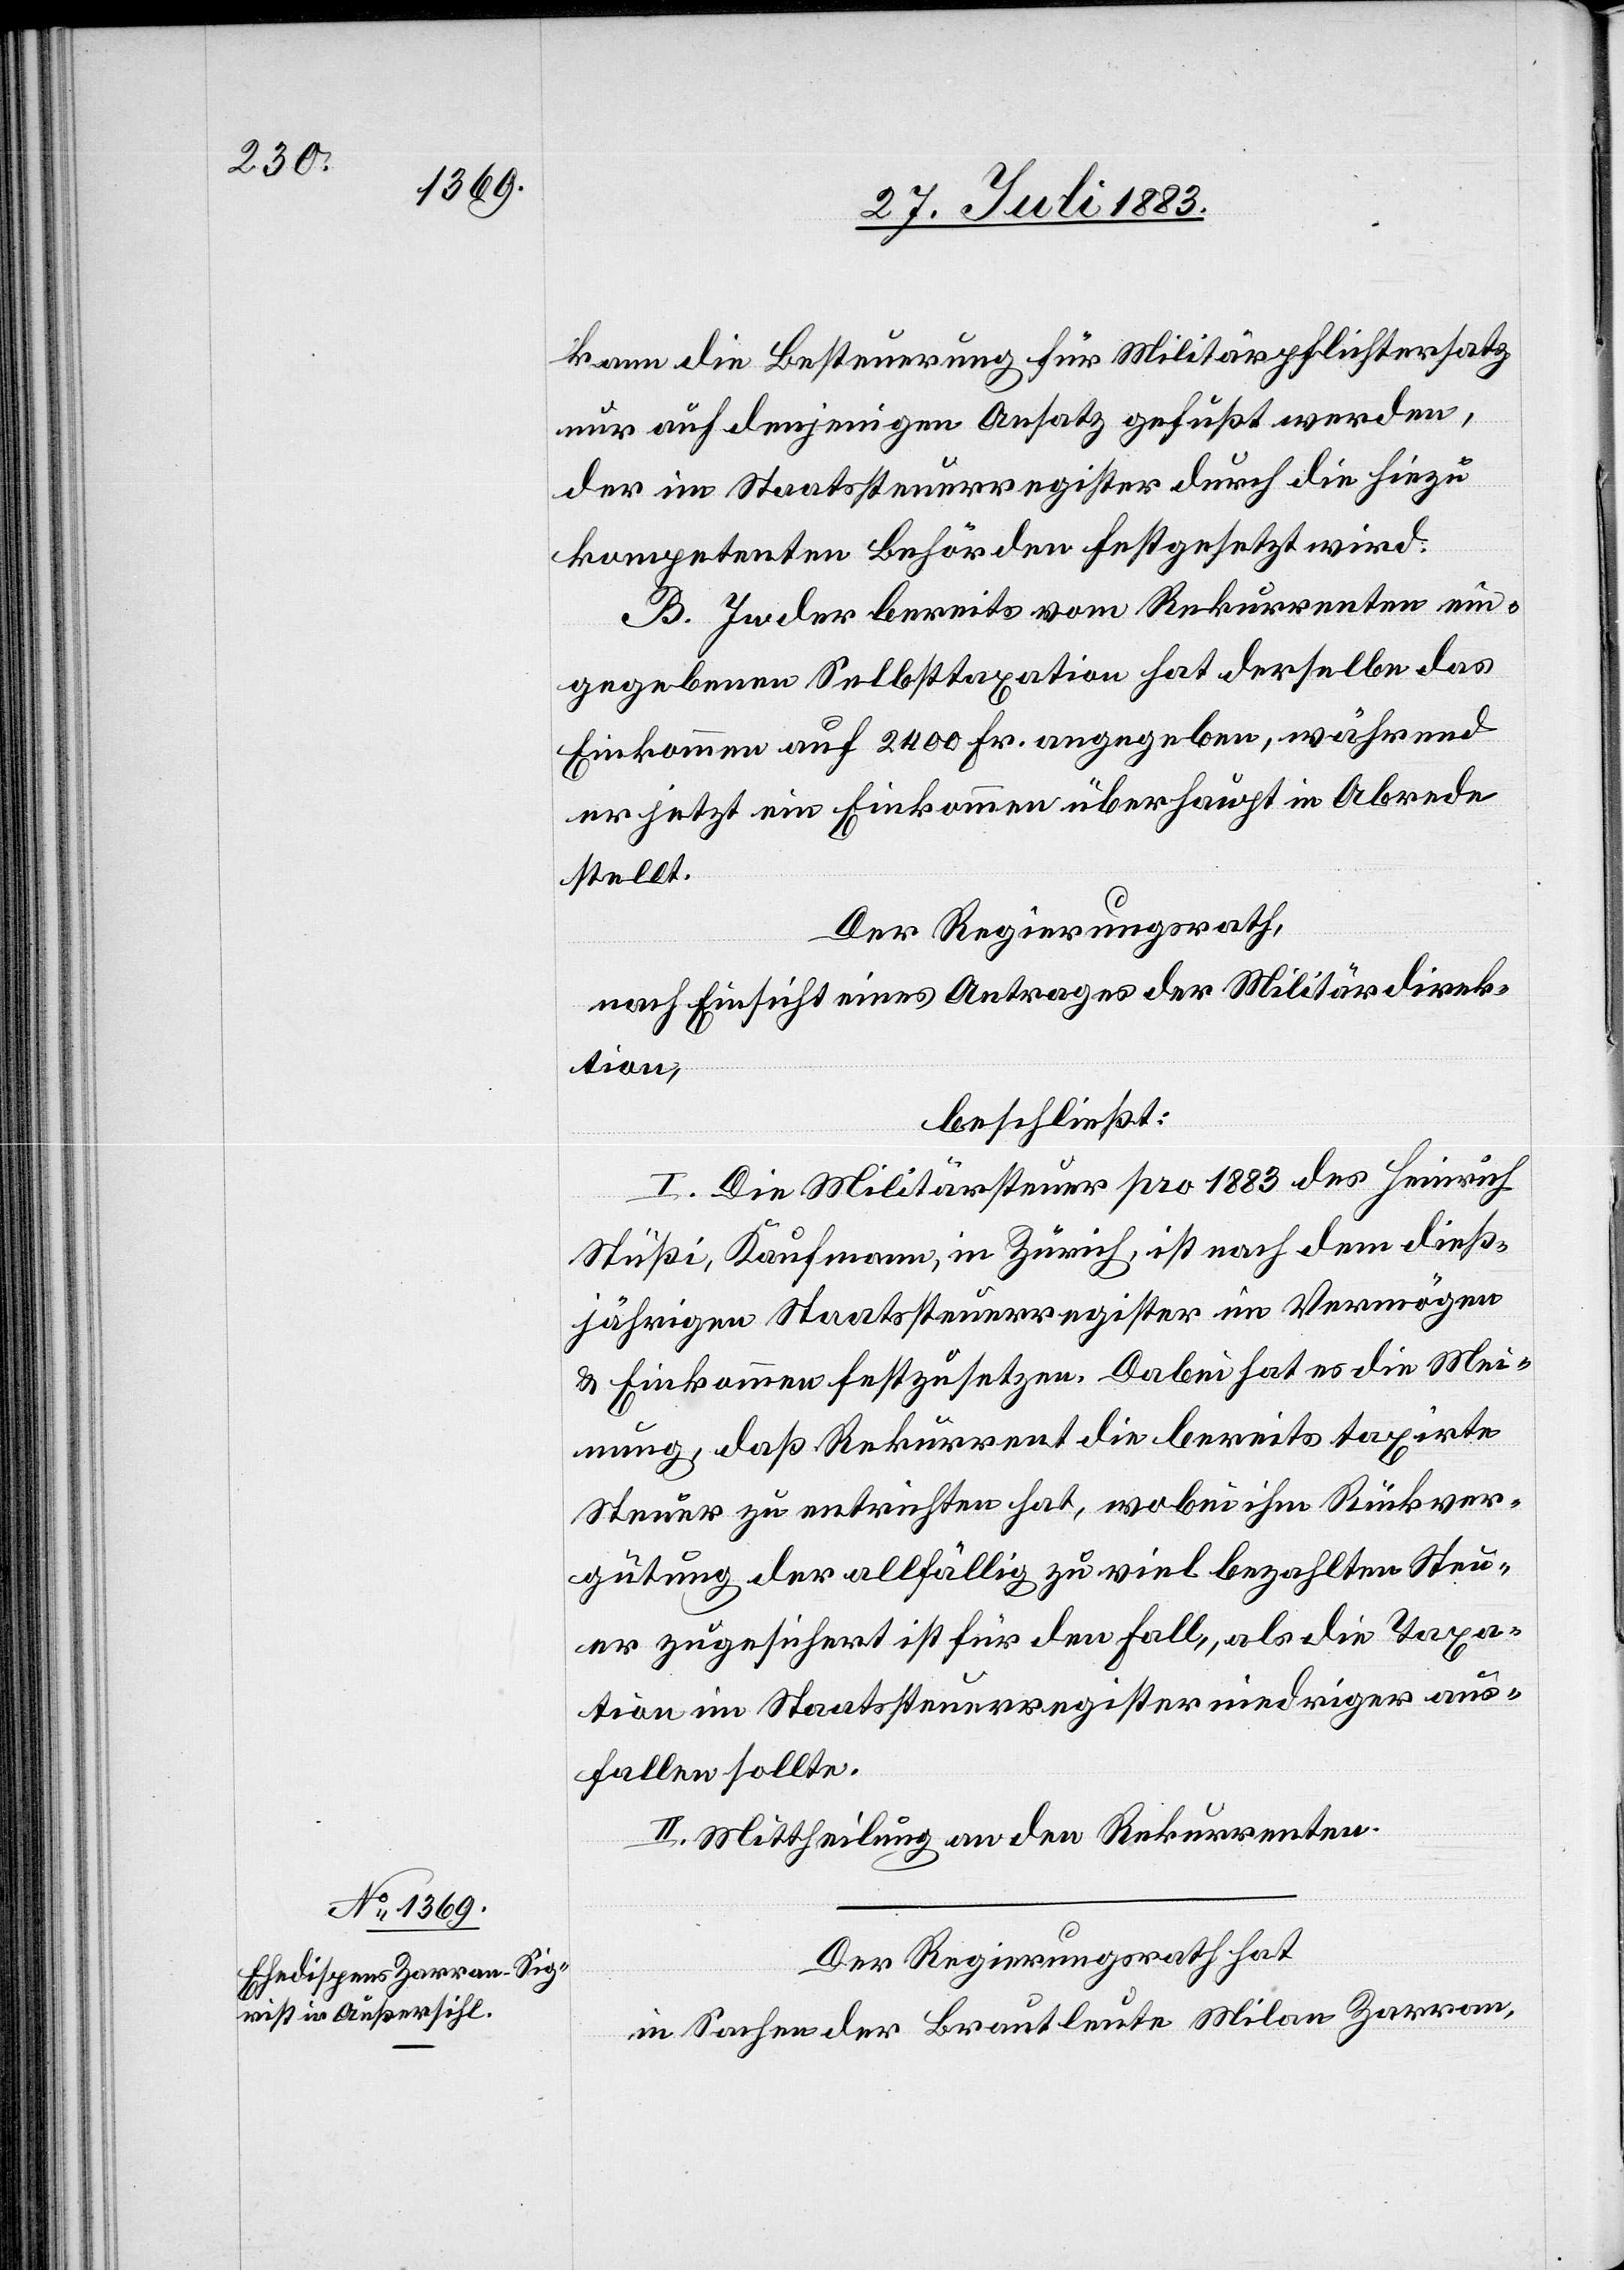
kann die Besteuerung für Militärpflichtersatz
nur auf denjenigen Ansatz gefußt werden,
der im Staatssteuerregister durch die hiezu
kompetenten Behörden festgesetzt wird.
B. In der bereits vom Rekurrenten ein¬
gegebenen Selbsttaxation hat derselbe das
Einkommen auf 2400 Fr. angegeben, während
er jetzt ein Einkommen überhaupt in Abrede
stellt.
Der Regierungsrath,
nach Einsicht eines Antrages der Militärdirek¬
tion,
beschließt:
I. Die Militärsteuer pro 1883 des Heinrich
Stüßi, Kaufmann, in Zürich, ist nach dem dieß¬
jährigen Staatssteuerregister im Vermögen
& Einkommen festzusetzen. Dabei hat es die Mei¬
nung, daß Rekurrent die bereits taxirte
Steuer zu entrichten hat, wobei ihm Rückver¬
gütung der allfällig zu viel bezahlten Steu¬
er zugesichert ist für den Fall, als die Taxa¬
tion im Staatssteuerregister niedriger aus¬
fallen sollte.
II. Mittheilung an den Rekurrenten.
Der Regierungsrath hat,
in Sachen der Brautleute Milan Zarran,